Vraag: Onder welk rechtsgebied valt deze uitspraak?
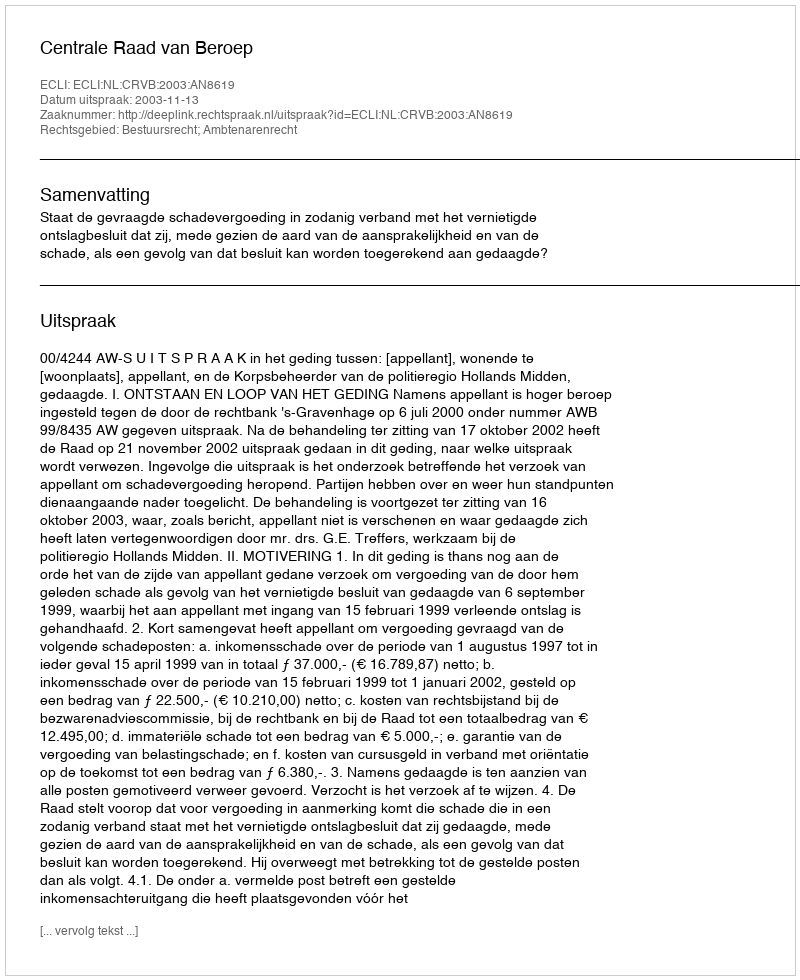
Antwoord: Bestuursrecht; Ambtenarenrecht